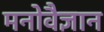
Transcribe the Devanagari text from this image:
मनोवैज्ञान